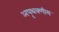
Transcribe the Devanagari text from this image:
अपृथक्णीय